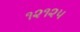
૧૨૧૨૫